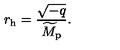
r _ { \mathrm { h } } = { \frac { \sqrt { - q } } { \widetilde { M } _ { \mathrm { p } } } } .